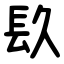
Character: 镹